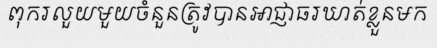
ពុករលួយមួយចំនួនត្រូវបានអាជ្ញាធរឃាត់ខ្លួនមក